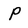
Character: P